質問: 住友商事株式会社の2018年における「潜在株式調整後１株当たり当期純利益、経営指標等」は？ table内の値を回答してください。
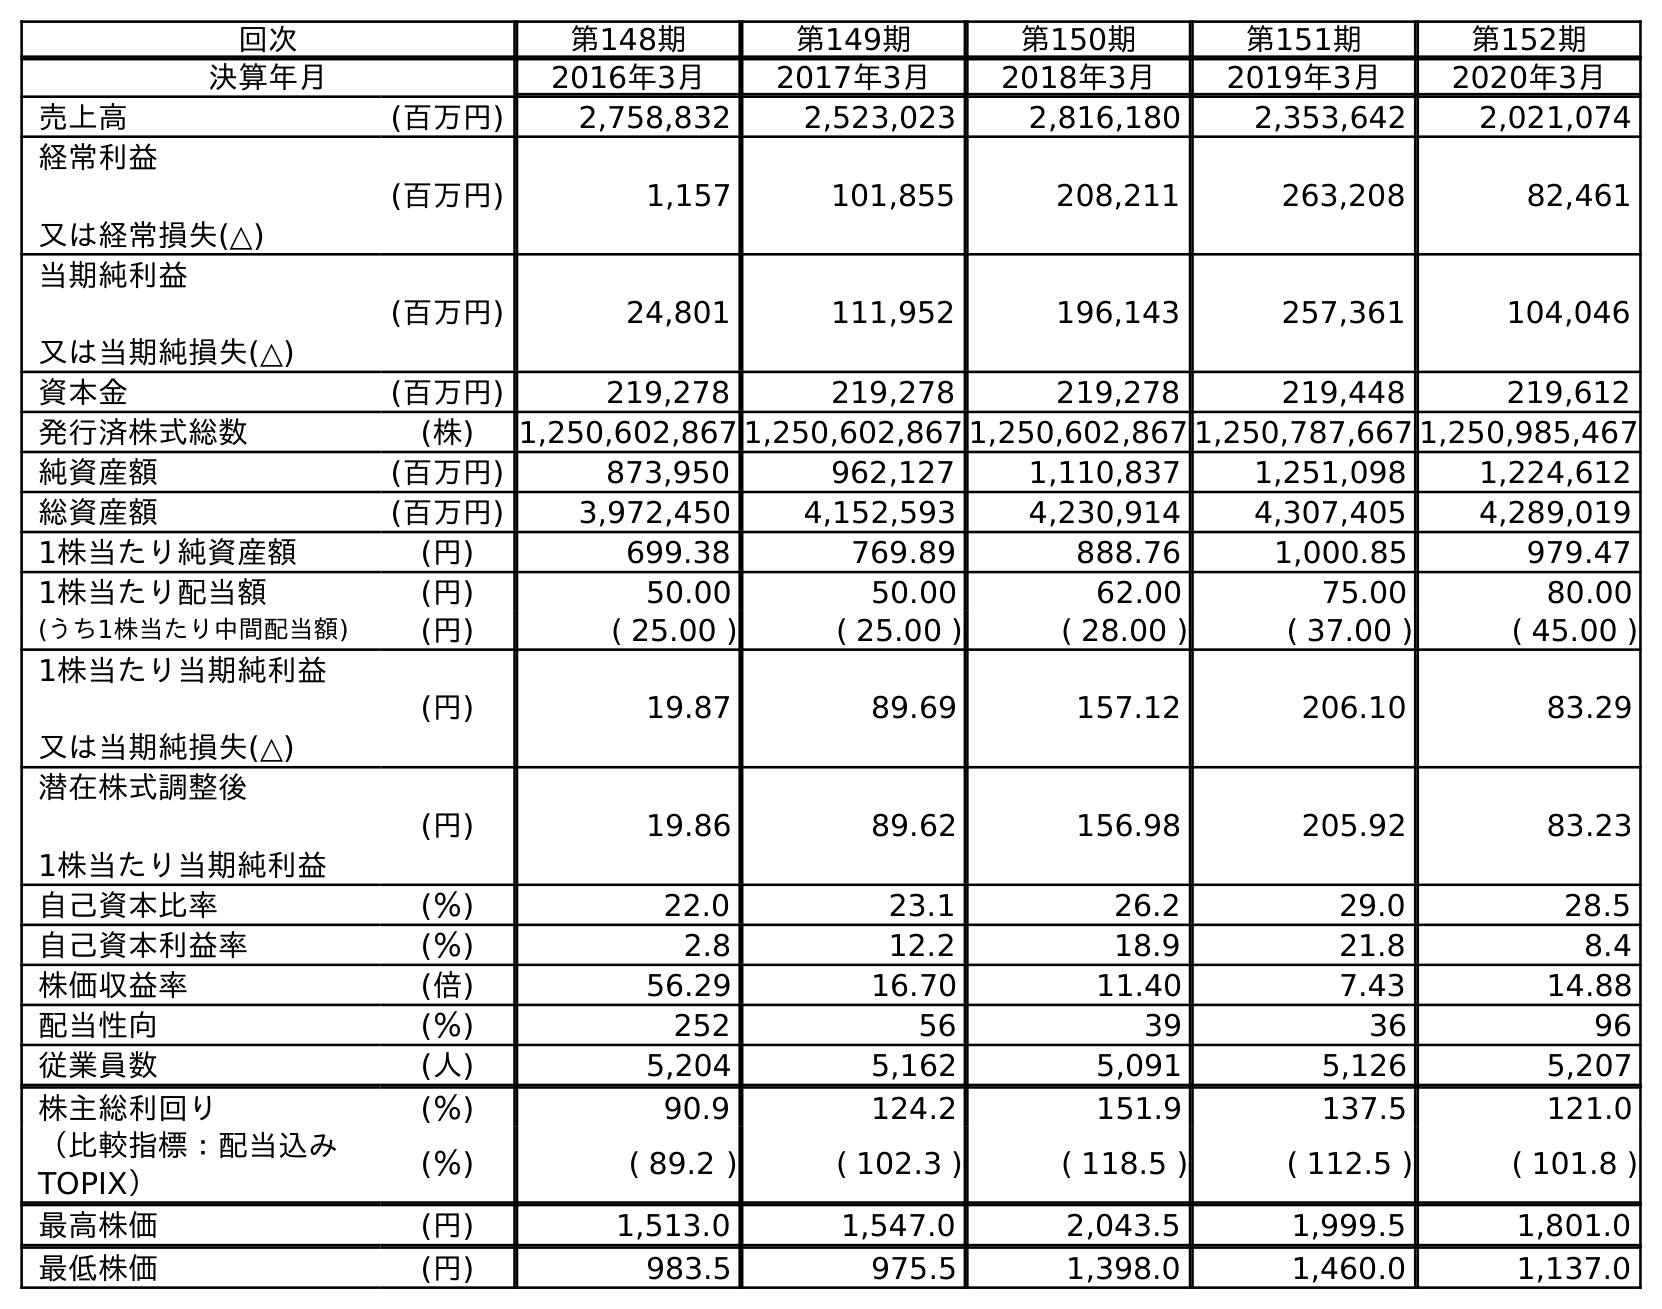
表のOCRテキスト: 回次 第148期 第149期 第150期 第151期 第152期 決算年月 2016年3月 2017年3月 2018年3月 2019年3月 2020年3月 売上高 (百万円) 2,758,832 2,523,023 2,816,180 2,353,642 2,021,074 経常利益 又は経常損失(△) (百万円) 1,157 101,855 208,211 263,208 82,461 当期純利益 又は当期純損失(△) (百万円) 24,801 111,952 196,143 257,361 104,046 資本金 (百万円) 219,278 219,278 219,278 219,448 219,612 発行済株式総数 (株) 1,250,602,867 1,250,602,867 1,250,602,867 1,250,787,667 1,250,985,467 純資産額 (百万円) 873,950 962,127 1,110,837 1,251,098 1,224,612 総資産額 (百万円) 3,972,450 4,152,593 4,230,914 4,307,405 4,289,019 1株当たり純資産額 (円) 699.38 769.89 888.76 1,000.85 979.47 1株当たり配当額 (円) 50.00 50.00 62.00 75.00 80.00 (うち1株当たり中間配当額) (円) ( 25.00 ) ( 25.00 ) ( 28.00 ) ( 37.00 ) ( 45.00 ) 1株当たり当期純利益 又は当期純損失(△) (円) 19.87 89.69 157.12 206.10 83.29 潜在株式調整後 1株当たり当期純利益 (円) 19.86 89.62 156.98 205.92 83.23 自己資本比率 (％) 22.0 23.1 26.2 29.0 28.5 自己資本利益率 (％) 2.8 12.2 18.9 21.8 8.4 株価収益率 (倍) 56.29 16.70 11.40 7.43 14.88 配当性向 (％) 252 56 39 36 96 従業員数 (人) 5,204 5,162 5,091 5,126 5,207 株主総利回り (％) 90.9 124.2 151.9 137.5 121.0 （比較指標：配当込み TOPIX） (％) ( 89.2 ) ( 102.3 ) ( 118.5 ) ( 112.5 ) ( 101.8 ) 最高株価 (円) 1,513.0 1,547.0 2,043.5 1,999.5 1,801.0 最低株価 (円) 983.5 975.5 1,398.0 1,460.0 1,137.0
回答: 156.98